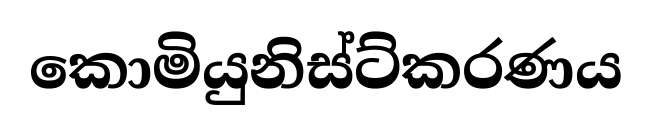
කොමියුනිස්ට්කරණය